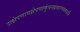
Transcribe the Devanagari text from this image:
उत्क्षेपणावक्षेपणाकुंचनप्रसारणगमनानि